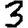
Digit: 3